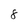
Character: 8